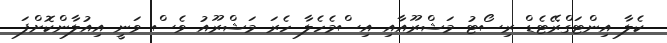
ކެލާ އިންޓަގްރޭޓެޑް ރިސޯޓު މަޝްރޫއާއި އިސްމެހެލާ ހެރަ މަޝްރޫއު ވެސް ވަނީ އިއުލާންކޮށްފަ